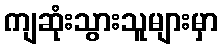
ကျဆုံးသွားသူများမှာ